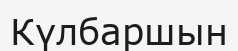
Күлбаршын